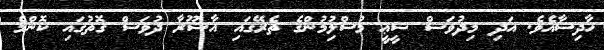
ހާދިސާއެވެ. އަދި މިދުވަސް ޝީޢީ މުސްލިުމުންގެ ތެރޭގައި އާޝޫރާ ދުވަސް ގޮތުގައި ކޮންމެ